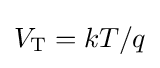
V_{\text{T}}=kT/q